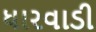
ધારવાડી